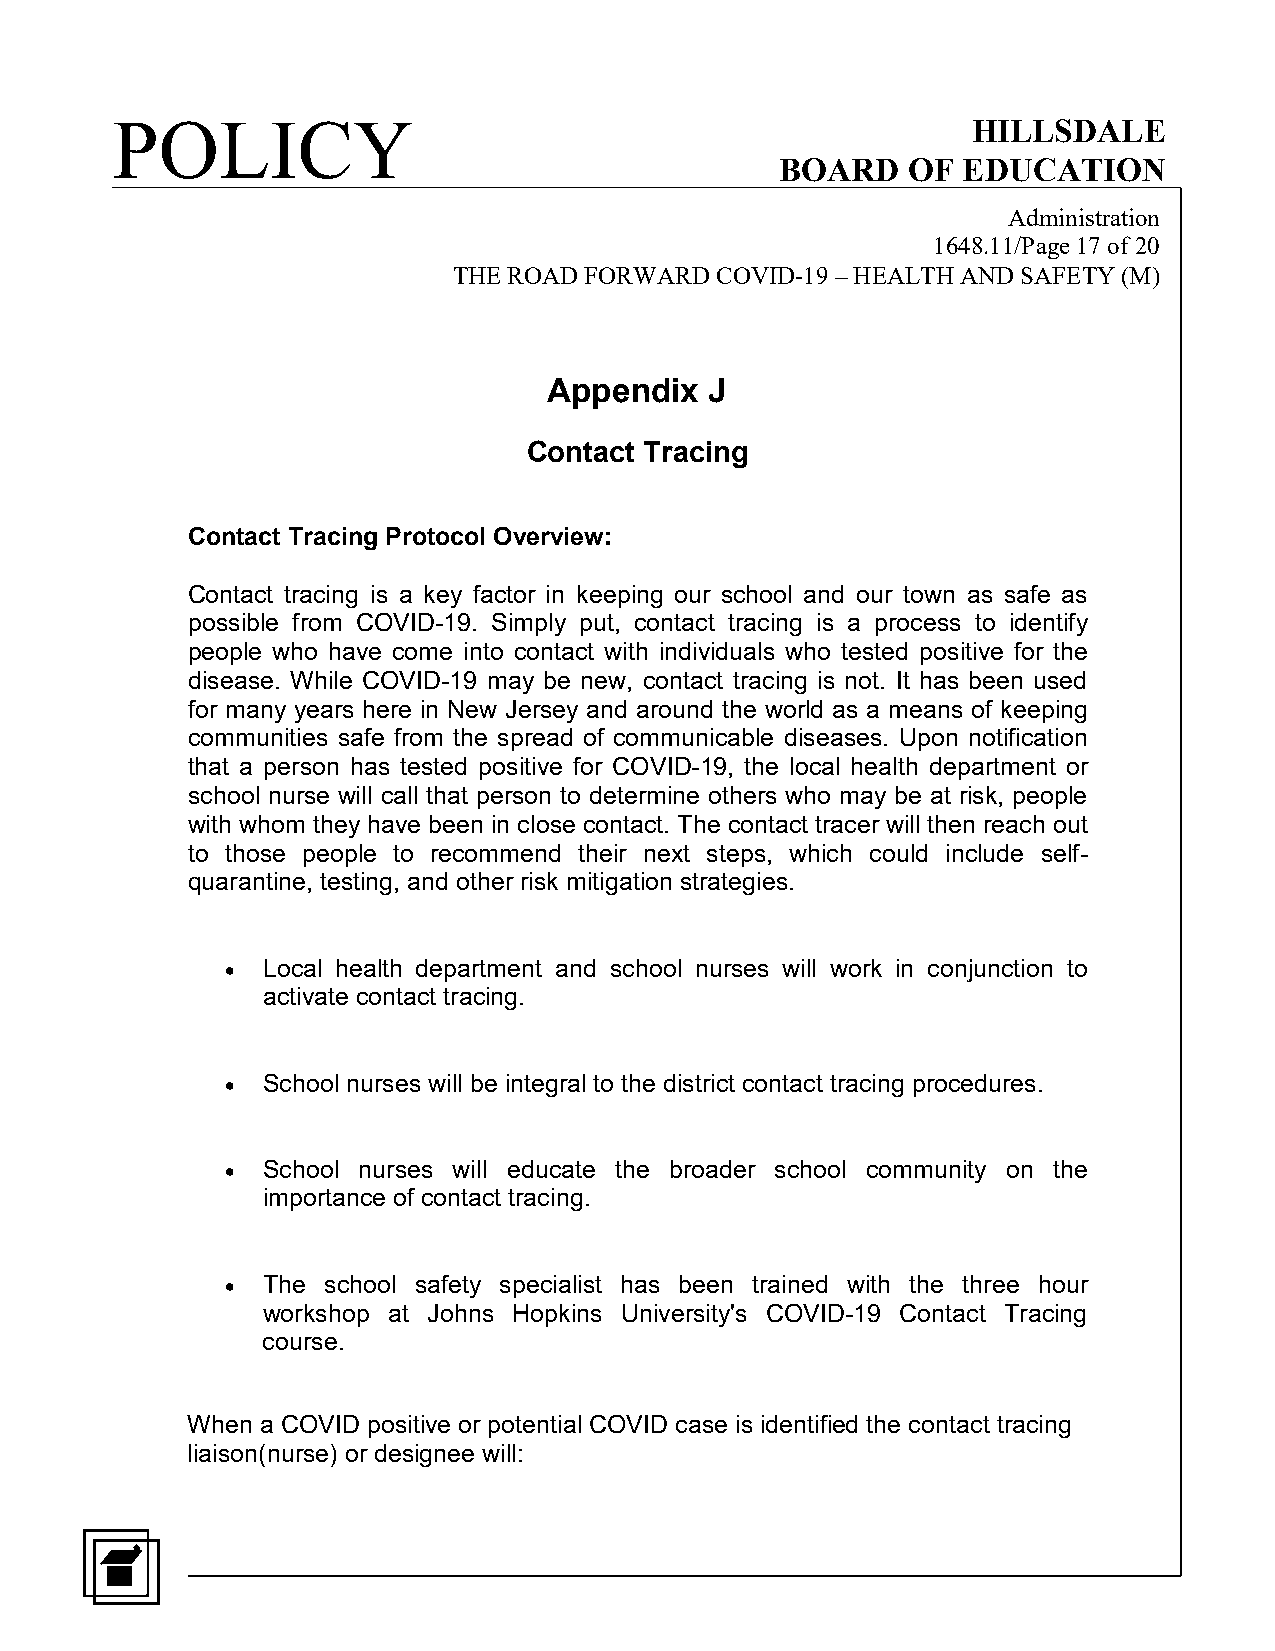
POLICY                                                   HILLSDALE
 BOARD   OF  EDUCATION
 Administration
 1648.11/Page 17 of 20
 THE ROAD FORWARD COVID-19 – HEALTH AND SAFETY (M)
 Appendix   J
 Contact Tracing
 Contact Tracing Protocol Overview:
 Contact tracing is a key factor in keeping our school and our town as safe as
 possible from COVID-19. Simply put, contact tracing is a process to identify
 people who have come into contact with individuals who tested positive for the
 disease. While COVID-19 may be new, contact tracing is not. It has been used
 for many years here in New Jersey and around the world as a means of keeping
 communities safe from the spread of communicable diseases. Upon notification
 that a person has tested positive for COVID-19, the local health department or
 school nurse will call that person to determine others who may be at risk, people
 with whom they have been in close contact. The contact tracer will then reach out
 to those people to recommend their next steps, which could include self-
 quarantine, testing, and other risk mitigation strategies.
 • Local health department and school nurses will work in conjunction to
 activate contact tracing.
 • School nurses will be integral to the district contact tracing procedures.
 • School nurses will educate the broader school community on the
 importance of contact tracing.
 • The school safety specialist has been trained with the three hour
 workshop at Johns Hopkins University's COVID-19 Contact Tracing
 course.
 When a COVID positive or potential COVID case is identified the contact tracing
 liaison(nurse) or designee will: